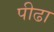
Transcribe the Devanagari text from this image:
पीढा